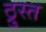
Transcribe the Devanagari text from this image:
ठ्रुस्त